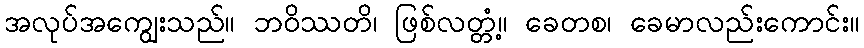
အလုပ်အကျွေးသည်။ ဘဝိဿတိ၊ ဖြစ်လတ္တံ့။ ခေတစ၊ ခေမာလည်းကောင်း။